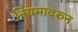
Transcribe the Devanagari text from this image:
नियमावरुन